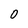
Character: O